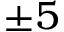
\pm 5